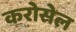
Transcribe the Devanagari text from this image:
करोसेल